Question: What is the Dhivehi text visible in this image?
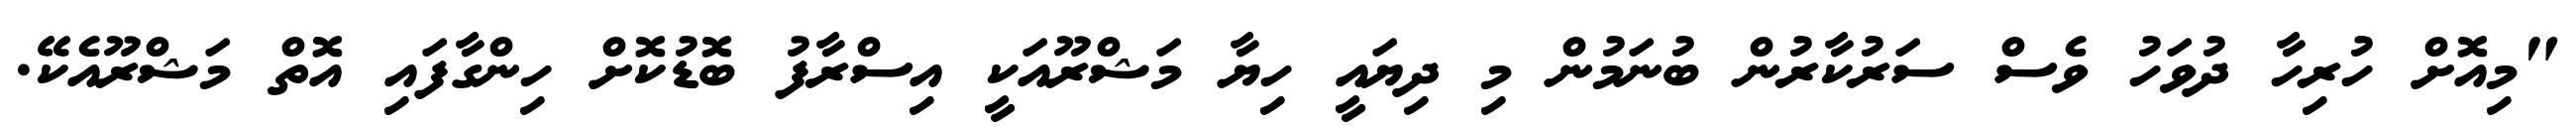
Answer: "މިއޮށް ހުރިހާ ދުވަހު ވެސް ސަރުކާރުން ބުނަމުން މި ދިޔައީ ހިޔާ މަޝްރޫއަކީ އިސްރާފު ބޮޑުކޮށް ހިންގާފައި އޮތް މަޝްރޫއެކޭ.